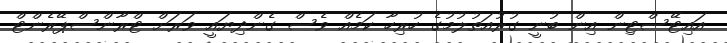
އައިޓޭސްޓިން އިން ބުނީ ގުރުއަތުލުމުގެ ހުރިހާ ކަމެއް ވެސް ގެންދިޔައީ ވަަރަށް ޓްރާންސްޕޭރެންޓް